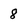
Character: 8